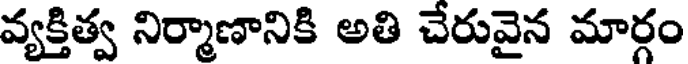
వ్యక్తిత్వ నిర్మాణానికి అతి చేరువైన మార్గం